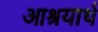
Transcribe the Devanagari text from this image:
आश्रयार्थ